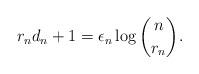
LaTeX: \begin{align*}r_n d_n +1 = \epsilon_n \log {n \choose r_n}.\end{align*}